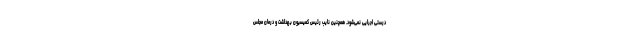
درستی اجرایی نمی‌شود. همچنین نایب رئیس کمیسیون بهداشت و درمان مجلس